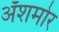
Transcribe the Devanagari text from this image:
अॅशमोर